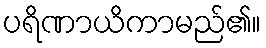
ပရိဏာယိကာမည်၏။